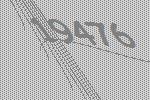
19476